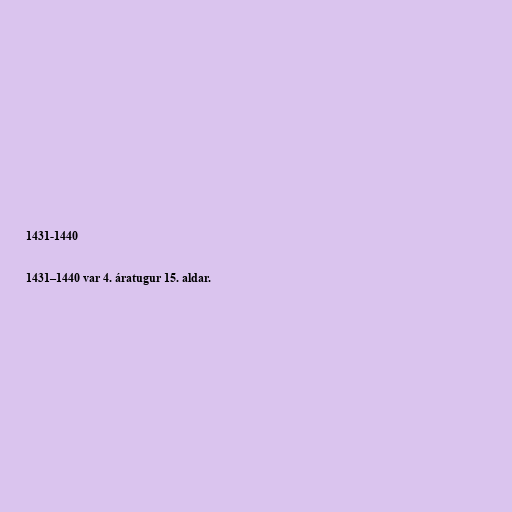
1431-1440

1431–1440 var 4. áratugur 15. aldar.